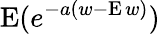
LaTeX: \operatorname{E}(e^{-a(w-\operatorname{E}w)})